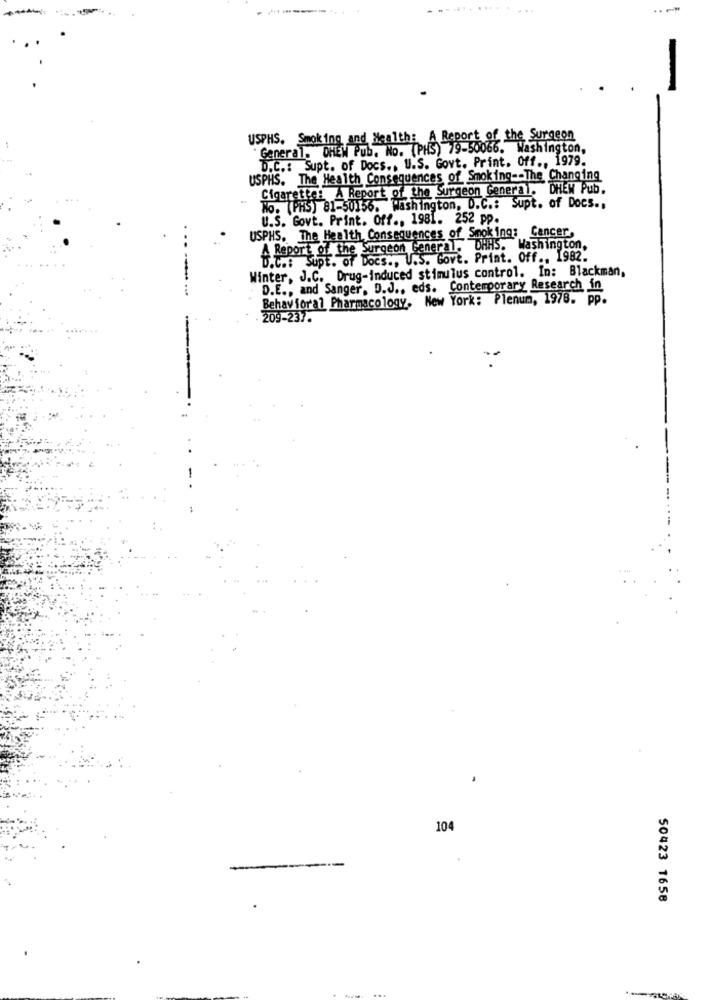
....
USPHS. Smoking and Health: A Report of the Surgeon
General. DHEN Pub. No. (PHS) 79-50066. Washington,
D.C .: Supt. of Docs ., U.S. Govt. Print. Off ., 1979.
USPHS. The Health Consequences of Smoking -- The Changing
Cigarette: A Report of the Surgeon General, DHEW Pub.
No. (PHS) 81-50156. Washington, D.C .: Supt. of Docs .,
U.S. Govt. Print. Off ., 1981. 252 pp.
USPHS. The Health Consequences of Smoking: Cancer,
A Report of the Surgeon General, DAHS. Washington,
D.C .: Supt. of Docs ., U.S. Govt. Print. Off ., 1982.
Winter, J.C. Drug-induced stimulus control. In: Blackman,
D.E ., and Sanger, D.J ., eds. Contemporary Research in
-- --....
Behavioral Pharmacology. New York: Plenum, 1978. pp.
209-237.
104
50423 1658